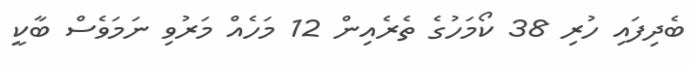
ބެދިފައި ހުރި 38 ކޯމަހުގެ ތެރެއިން 12 މަހެއް މަރުވި ނަމަވެސް ބާކީ